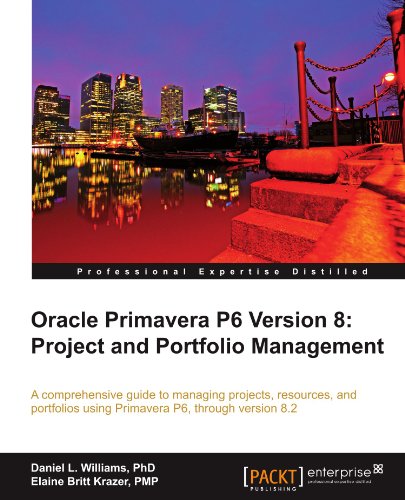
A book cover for Oracle Primavera P6 Version 8: Project and Portfolio Management; Daniel Williams; Computers & Technology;